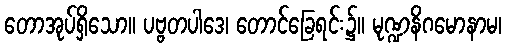
တောအုပ်ရှိသော။ ပဗ္ဗတပါဒေ၊ တောင်ခြေရင်း၌။ မုဏ္ဍနိဂမောနာမ၊